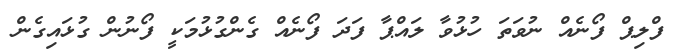
ފްލިޕް ފޯނެއް ނުވަތަ ހުޅުވާ ލައްޕާ ފަދަ ފޯނެއް ގެންގުޅުމަކީ ފޯނުން ގުޅައިގެން